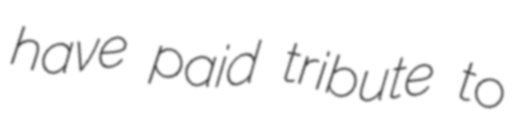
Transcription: have paid tribute to